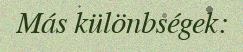
Más különbségek: